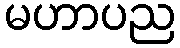
မဟာပည